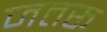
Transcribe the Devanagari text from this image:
जतरू